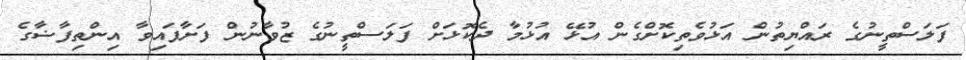
ފަލަސްތީނުގެ ރައްޔިތުން އަޅުވެތިކޮށްގެން އުޅޭ އުޅުމާ ދެކޮޅަށް ފަލަސްތީނުގެ ޒުވާނުން ފަށާފައިވާ އިންތިފާޟާގެ